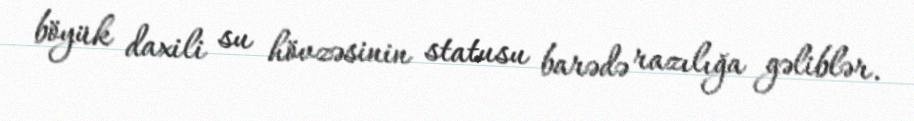
böyük daxili su hövzəsinin statusu barədə razılığa gəliblər.